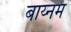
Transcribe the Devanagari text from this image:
बाय्नम